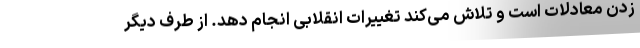
زدن معادلات است و تلاش می‌کند تغییرات انقلابی انجام دهد. از طرف دیگر